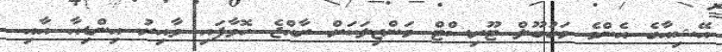
އޭޝިއާގެ އެންމެ މަގުބޫލް ޓޫރިސްޓް މަންޒިލަކަށް ރާއްޖެ ހޮވާފައި ވާއިރު އިންޑިއާ އާއި